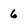
Character: 6